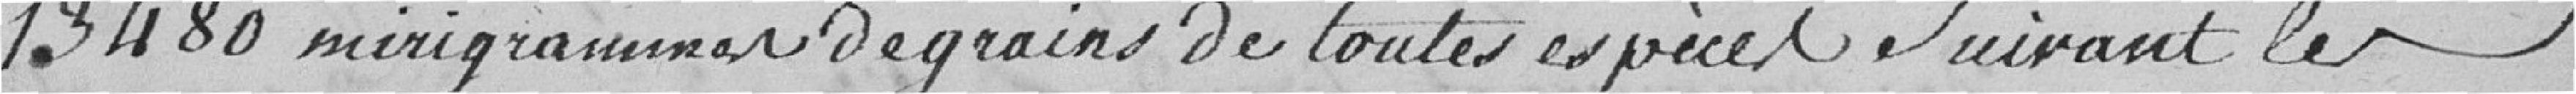
13480 Miriagrammes de grains de toutes espèces suivant les